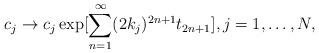
LaTeX: \begin{align*}c_j\to c_j\exp[\sum_{n=1}^\infty(2k_j)^{2n+1}t_{2n+1}],j=1,\ldots,N,\end{align*}